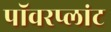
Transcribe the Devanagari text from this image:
पॉवरप्लांट